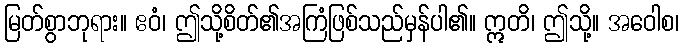
မြတ်စွာဘုရား။ ဧဝံ၊ ဤသို့စိတ်၏အကြံဖြစ်သည်မှန်ပါ၏။ ဣတိ၊ ဤသို့။ အဝေါစ၊